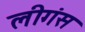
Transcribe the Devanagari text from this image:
लीगंस